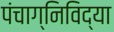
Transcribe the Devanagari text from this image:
पंचाग्निविद्या